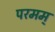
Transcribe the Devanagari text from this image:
परमम्